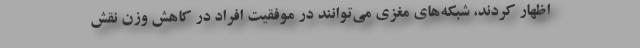
اظهار کردند، شبکه‌های مغزی می‌توانند در موفقیت افراد در کاهش وزن نقش